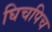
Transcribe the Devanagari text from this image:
घिचपिच